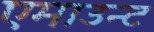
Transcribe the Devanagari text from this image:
एमाउन्ट